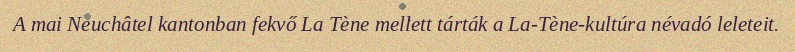
A mai Neuchâtel kantonban fekvő La Tène mellett tárták a La-Tène-kultúra névadó leleteit.